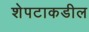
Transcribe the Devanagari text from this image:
शेपटाकडील